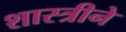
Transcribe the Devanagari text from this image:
शास्त्रीने